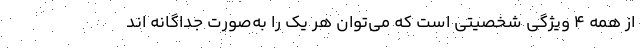
از همه ۴ ویژگی شخصیتی است که می‌توان هر یک را به‌صورت جداگانه اند